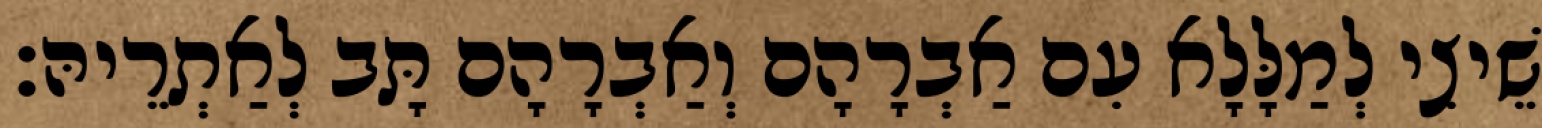
שֵׁיצִי לְמַלָּלָא עִם אַבְרָהָם וְאַבְרָהָם תָּב לְאַתְרֵיהּ׃